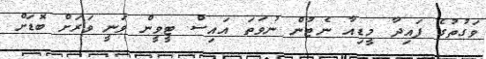
ވަގުތުގެ ފައިދާ މީޑިއާ ނެޓުން ނުވަތަ އައިސް ޓީވީން ވަނީ ވަރަށް ބޮޑަށް